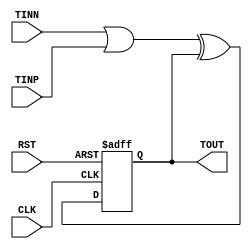
module toggle(
    input CLK, RST,
    input [8:0] TINN, TINP,
    output reg [8:0] TOUT
);

// SWRST
always @ (posedge CLK or posedge RST)begin
    if (RST) begin
        TOUT <= 9'b0;
    end
    else begin
        /* SWnegedgeposedgeTOUT */
        TOUT <= (TINN | TINP) ^ TOUT;
    end
end

endmodule